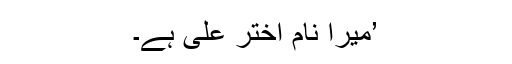
’میرا نام اختر علی ہے۔